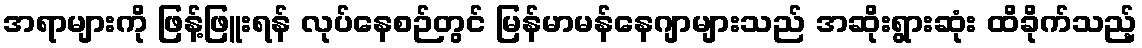
အရာများကို ဖြန့်ဖြူးရန် လုပ်နေစဉ်တွင် မြန်မာမန်နေဂျာများသည် အဆိုးရွားဆုံး ထိခိုက်သည့်